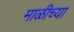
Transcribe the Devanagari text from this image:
माळीच्या